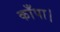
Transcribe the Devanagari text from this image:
काँपा।